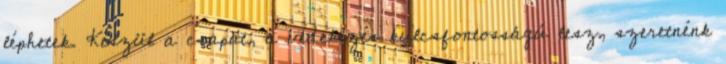
léphetek. Készül a csapat, a védekezés kulcsfontosságú lesz, szeretnénk